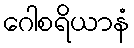
ဂေါစရိယာနံ